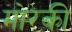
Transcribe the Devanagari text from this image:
मोरकी